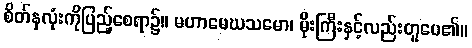
စိတ်နှလုံးကိုပြည့်စေရာ၌။ မဟာမေဃသမော၊ မိုးကြီးနှင့်လည်းတူပေ၏။